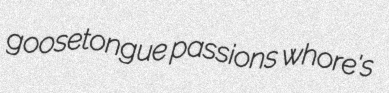
goosetongue passions whore's